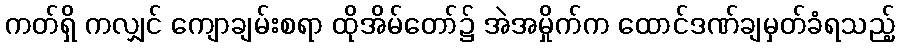
ကတ်ရှိ ကလျှင် ကျောချမ်းစရာ ထိုအိမ်တော်၌ အဲအမှိုက်က ထောင်ဒဏ်ချမှတ်ခံရသည့်